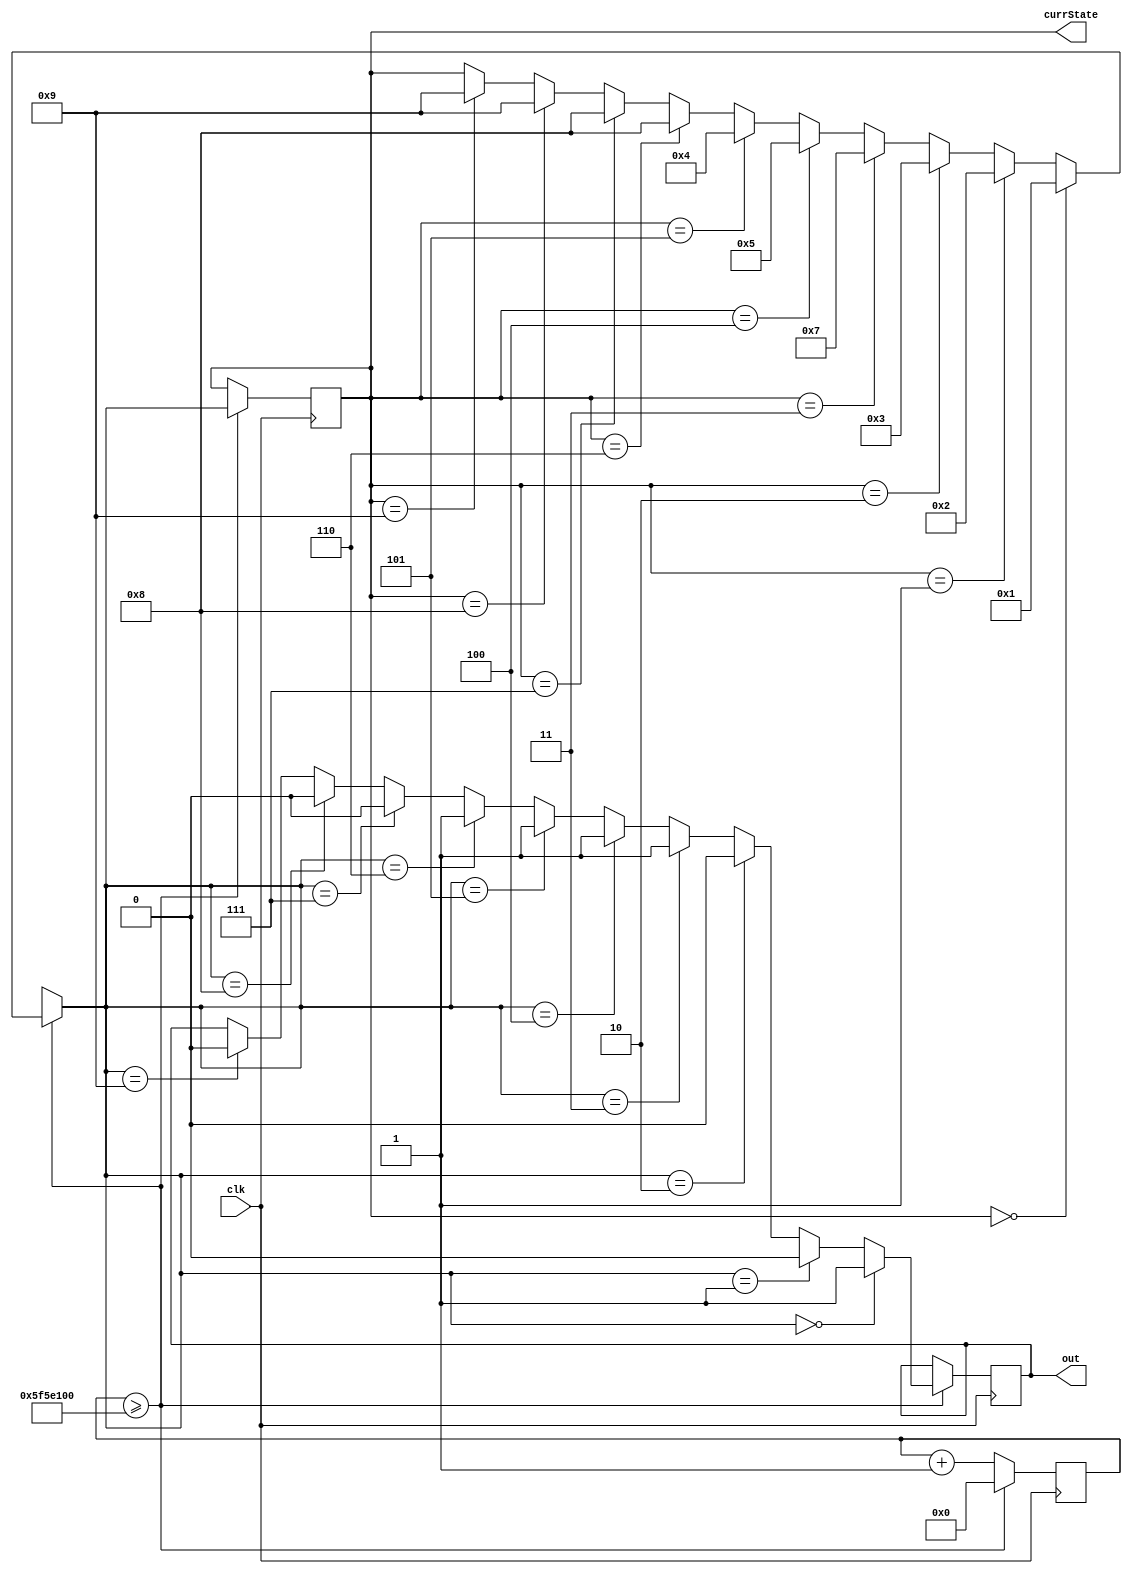
module lab6__2(out, currState, clk);

output reg out;
input clk;

reg x = 0;

//coze bin(9) = 0b1001;
reg [3:0] State0 = 0, State1 = 1, State2 = 2,
		State3 = 3, State4 = 4, State5 = 5, 
		State6 = 6, State7 = 7, State8 = 8,
			    State9 = 9;

output reg[3:0] currState = 0;
reg[31:0] front = 0;

always @ (posedge clk)
begin

	if (front >= 32'd100000000)
	begin
		front <= 32'd0;
	case(currState)
		State0:
			currState = State1;
		State1:
			if (x == 1)
				currState = State4;
			else 
				currState = State2;
		State2: 
			currState = State3;
		State3:
			currState = State7;
		State4:
			currState = State5;
		State5: 
			if (x == 1) 
				currState = State6;
			else
				currState = State4;
		State6:
			currState = State8;
		State7:
			currState = State8;
		State8:
			currState = State9;	
		State9:
			currState = State9; //compile error avoid
		endcase
		
		case(currState)
		State0:
			if (x == 1) 
				out = 0;
			else 
				out = 1;
				
		State1:
			if (x == 1) 
				out = 0;
			else 
				out = 0;
				
		State2: 
			if (x == 1) 
				out = 1;
			else 
				out = 0;
				
		State3:
			if (x == 1) 
				out = 1;
			else 
				out = 1;	
		State4:
			if (x == 1) 
				out = 0;
			else 
				out = 1;
		State5: 
			if (x == 1) 
				out = 0;
			else 
				out = 1;
		State6:
			if (x == 1) 
				out = 1;
			else 
				out = 1;	
		State7:
			if (x == 1) 
				out = 0;
			else 
				out = 0;
		State8:
			if (x == 1) 
				out = 1;
			else 
				out = 0;	
		State9:
			if (x == 1) 
				out = 1;
			else 
				out = 0;
		endcase

	end
	else
	begin
		front <= front + 1'b1;
	end
end

endmodule